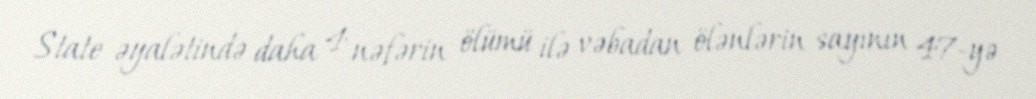
State əyalətində daha 4 nəfərin ölümü ilə vəbadan ölənlərin sayının 47-yə